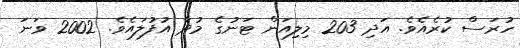
ހުރަސް ކުރެއެވެ. އަދި 203 މިލިއަން ޓަނުގެ މުދާ އުފުލައެވެ. 2002 ވަނަ